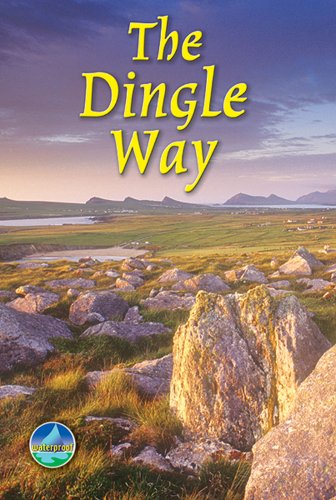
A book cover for The Dingle Way (Rucksack Readers); Sandra Bardwell; Travel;